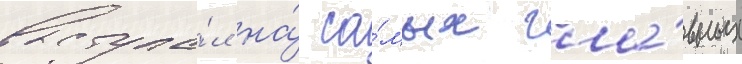
выступа́л на́ са́мых гла́вных